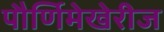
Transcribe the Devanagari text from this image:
पौर्णिमेखेरीज